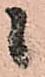
候